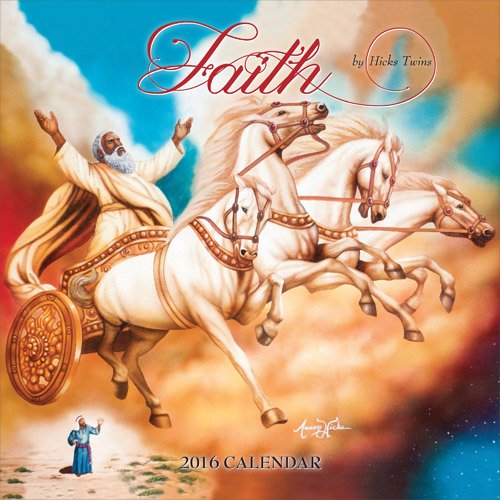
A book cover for Faith 2016 Calendar; Calendars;